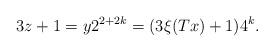
LaTeX: \begin{align*}3z+1 = y 2^{2+2k} = (3\xi(Tx)+1) 4^k.\end{align*}